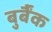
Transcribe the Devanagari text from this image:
बुर्बैंक